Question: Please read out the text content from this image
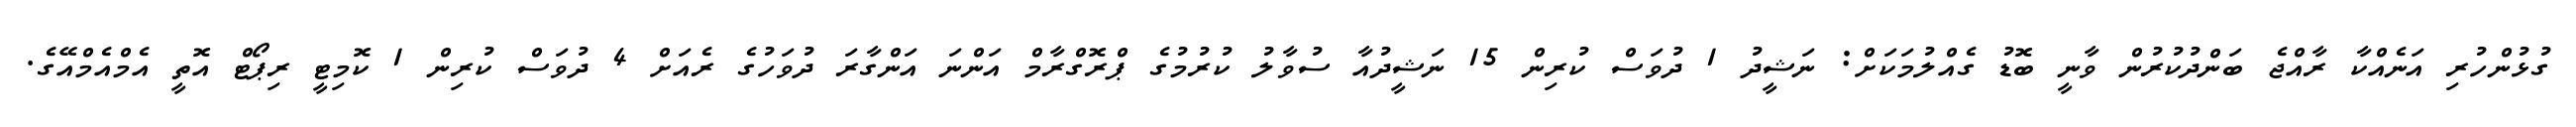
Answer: ގުޅުންހުރި އަނެއްކާ ރާއްޖެ ބަންދުކުރުން ވާނީ ބޮޑު ގެއްލުމަކަށް: ނަޝީދު 1 ދުވަސް ކުރިން 15 ނަޝީދުއާ ސުވާލު ކުރުމުގެ ޕްރޮގްރާމް އަންނަ އަންގާރަ ދުވަހުގެ ރެއަށް 4 ދުވަސް ކުރިން 1 ކޮމިޓީ ރިޕޯޓް އޮތީ އެމްއެމްއޭގެ.